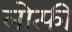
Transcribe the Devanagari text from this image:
लोत्फी